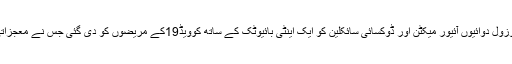
ڈاکٹر عالم نے بتایا کہ اینٹی پروٹوزول دوائیوں آئیور میکٹن اور ڈوکسائی سائکلین کو ایک اینٹی بائیوٹک کے ساتھ کوویڈ19کے مریضوں کو دی گئی جس نے معجزاتی طور پر انہیں صحت مند کردیا۔